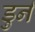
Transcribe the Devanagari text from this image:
डुर्न